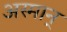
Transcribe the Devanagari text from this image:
अस्मान्